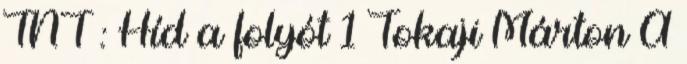
TNT : Híd a folyót 1 Tokaji Márton A